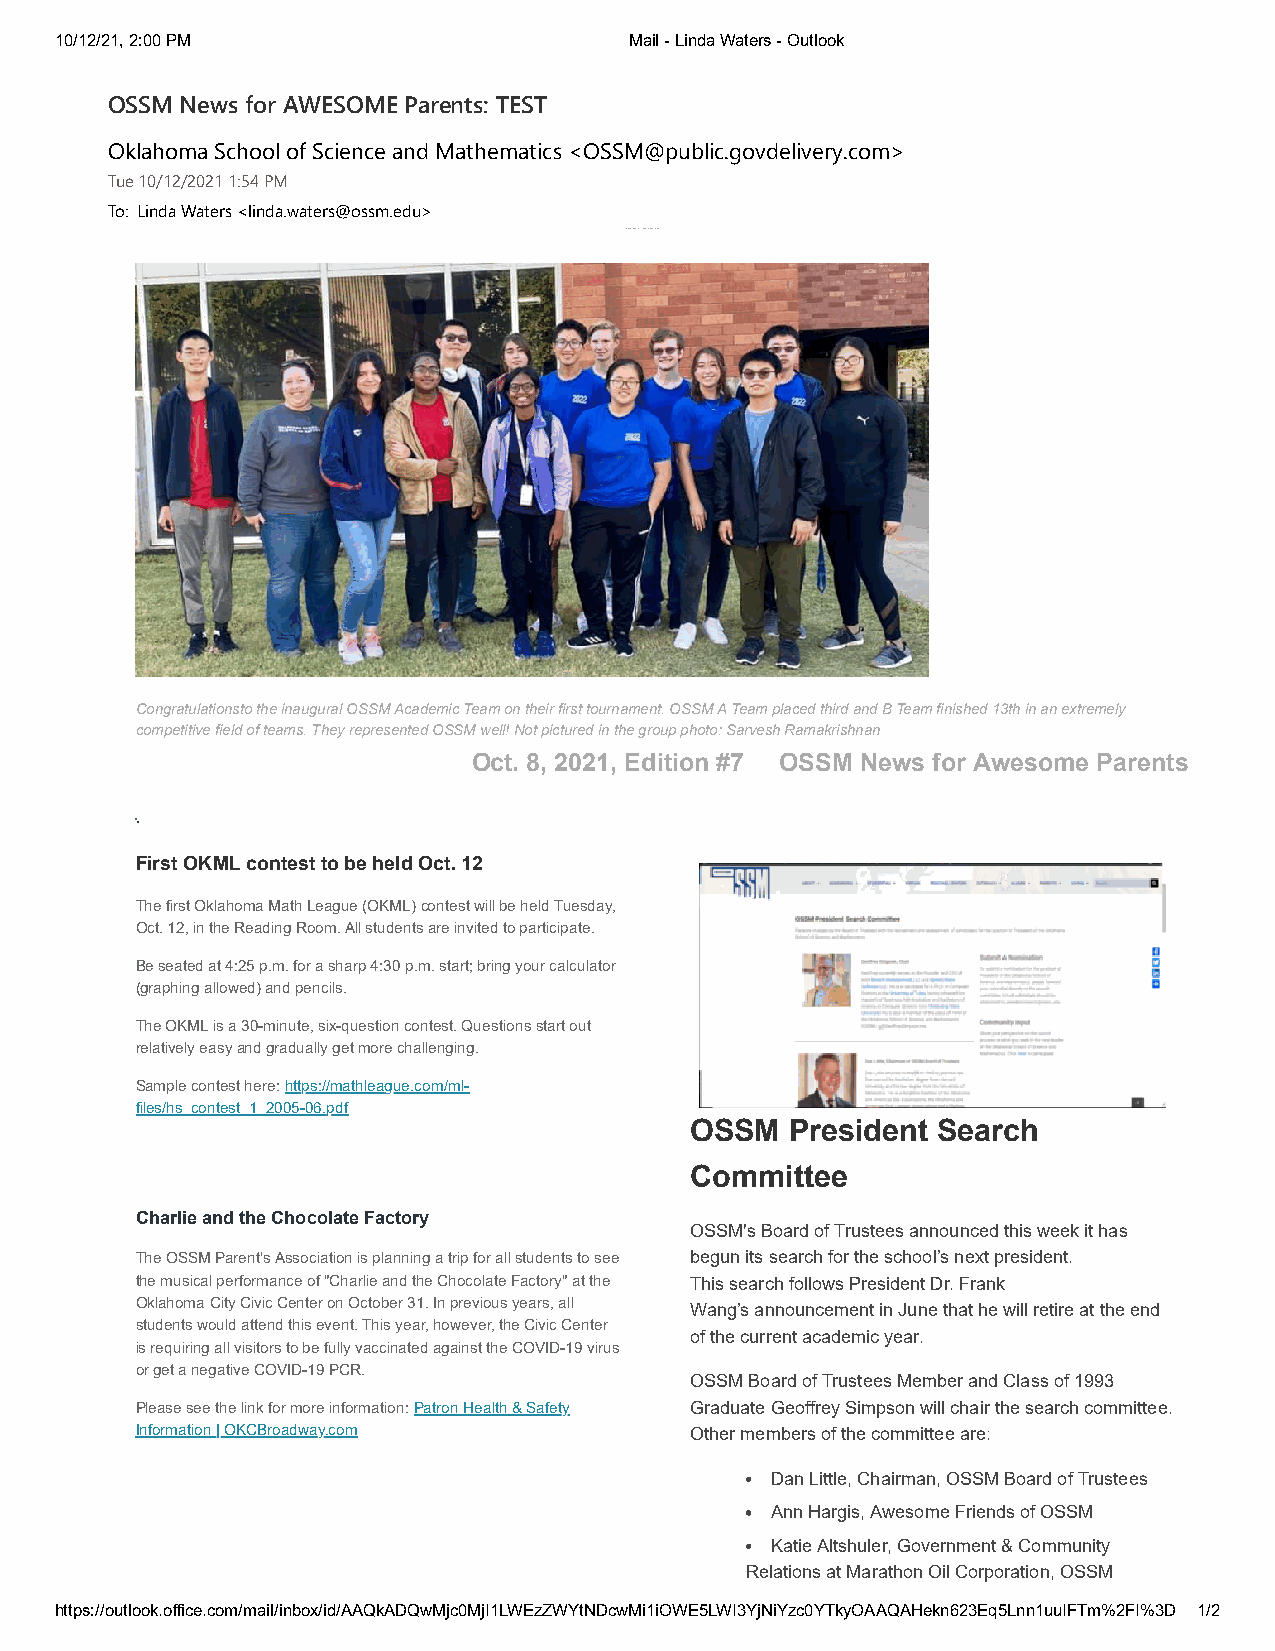
10/12/21, 2:00 PM                     Mail - Linda Waters - Outlook
 OSSM News for AWESOME Parents: TEST
 Oklahoma School of Science and Mathematics <OSSM@public.govdelivery.com>
 Tue 10/12/2021 1:54 PM
 To: Linda Waters <linda.waters@ossm.edu>
 President Search Committee, Photos, OKML Contest
 Congratulationsto the inaugural OSSM Academic Team on their first tournament. OSSM A Team placed third and B Team finished 13th in an extremely
 competitive field of teams. They represented OSSM well! Not pictured in the group photo: Sarvesh Ramakrishnan
 Oct. 8, 2021, Edition #7 OSSM News for Awesome Parents
 First OKML contest to be held Oct. 12
 The first Oklahoma Math League (OKML) contest will be held Tuesday,
 Oct. 12, in the Reading Room. All students are invited to participate.
 Be seated at 4:25 p.m. for a sharp 4:30 p.m. start; bring your calculator
 (graphing allowed) and pencils.
 The OKML is a 30-minute, six-question contest. Questions start out
 relatively easy and gradually get more challenging.
 Sample contest here: https://mathleague.com/ml-
 files/hs_contest_1_2005-06.pdf
 OSSM  President Search
 Committee
 Charlie and the Chocolate Factory
 OSSM's Board of Trustees announced this week it has
 The OSSM Parent's Association is planning a trip for all students to see begun its search for the school’s next president.
 the musical performance of "Charlie and the Chocolate Factory" at the This search follows President Dr. Frank
 Oklahoma City Civic Center on October 31. In previous years, all Wang’s announcement in June that he will retire at the end
 students would attend this event. This year, however, the Civic Center
 of the current academic year.
 is requiring all visitors to be fully vaccinated against the COVID-19 virus
 or get a negative COVID-19 PCR.
 OSSM Board of Trustees Member and Class of 1993
 Please see the link for more information: Patron Health & Safety Graduate Geoffrey Simpson will chair the search committee.
 Information | OKCBroadway.com        Other members of the committee are:
 Dan Little, Chairman, OSSM Board of Trustees
 Ann Hargis, Awesome Friends of OSSM
 Katie Altshuler, Government & Community
 Relations at Marathon Oil Corporation, OSSM
 https://outlook.office.com/mail/inbox/id/AAQkADQwMjc0MjI1LWEzZWYtNDcwMi1iOWE5LWI3YjNiYzc0YTkyOAAQAHekn623Eq5Lnn1uuIFTm%2FI%3D 1/2